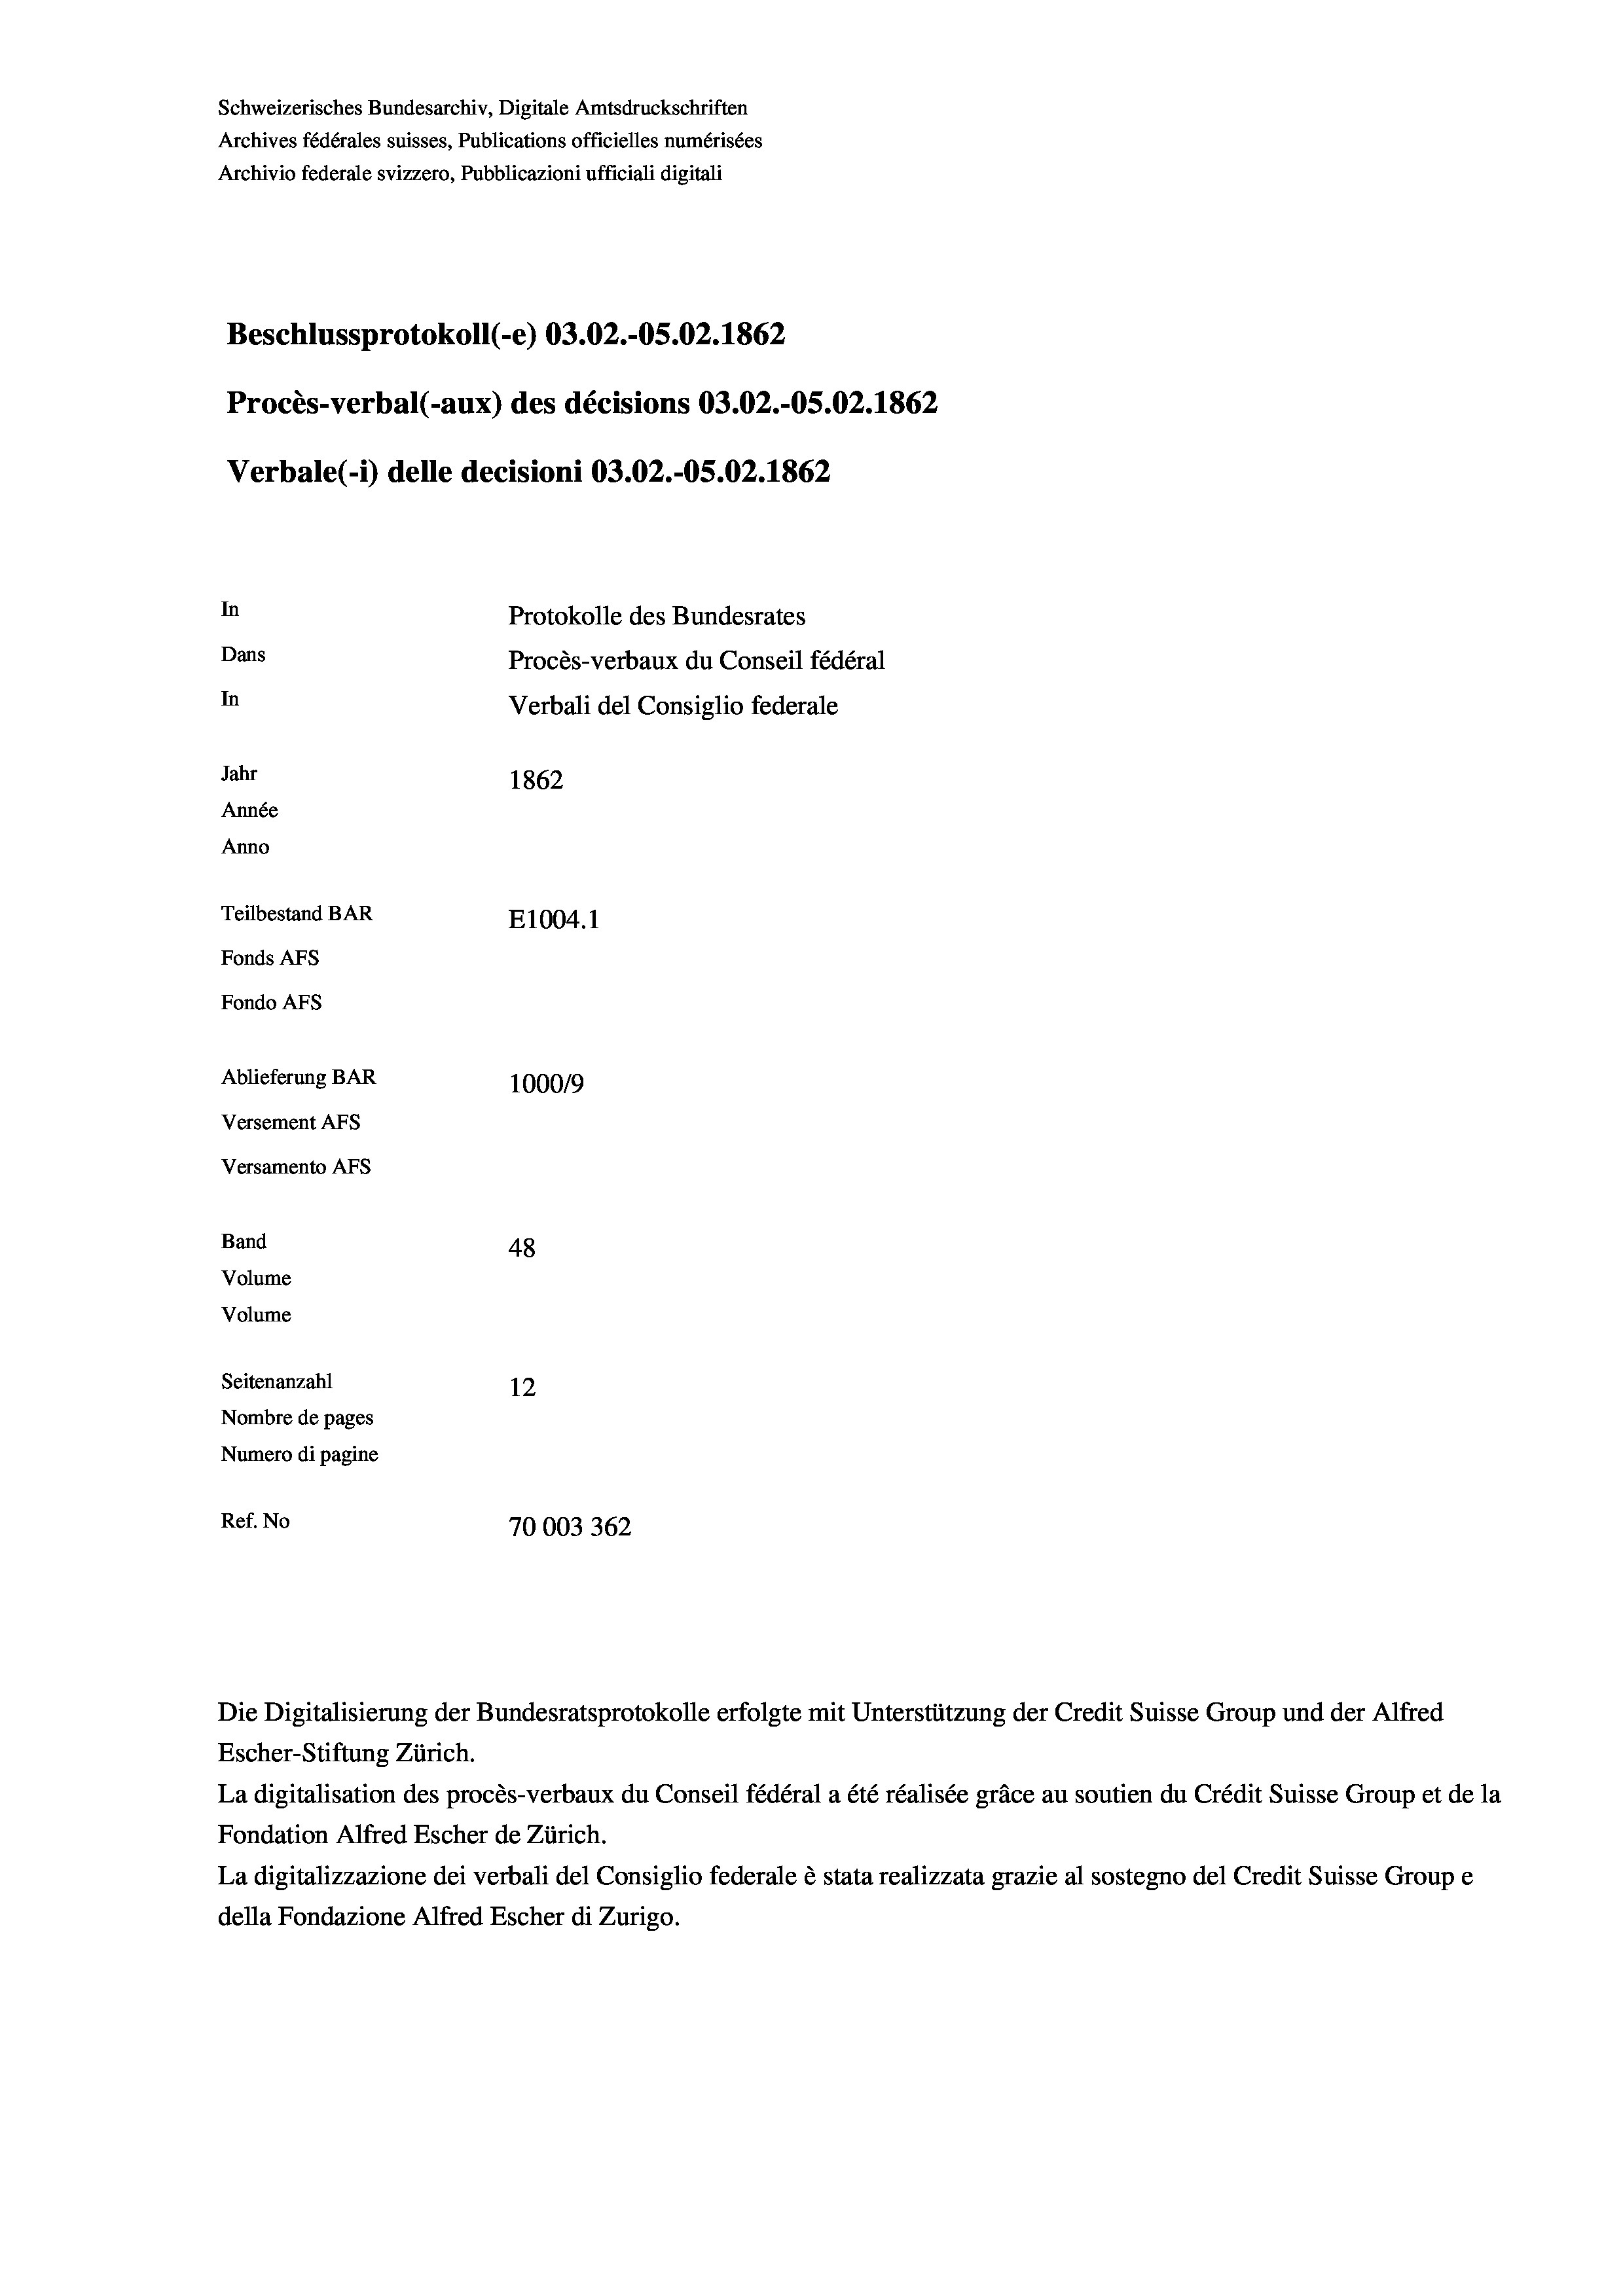
Schweizerisches Bundesarchiv, Digitale Amtsdruckschriften
Archives fédérales suisses, Publications officielles numérisées
Archivio federale svizzero, Pubblicazioni ufficiali digitali
Beschlussprotokoll (-e) 03.02.-OS.02. 1862
Procès-verbal (-aux) des décisions 03.02.-OS.02. 1862
Verbale(-*) delle decisioni 03.02.-OS.02. 1862
In
Protokolle des Bundesrates
Dans
Procès-verbaux du Conseil fédéral
In
Verbali del Consiglio federale
Jahr
1862
Année
Anno
Teilbestand BAR
E1004. 1
Fonds AFs
Fondo Afs
Ablieferung BAR
100019
Versement Ans
Versamento Afs
Band
48
Volume

Volume
Seitenanzahl
12
Nombre de pages
Numero di pagine
Ref. No
70003362

Escher-Stiftung Zürich.
La digitalisation des procès-verbaux du Conseil fédéral a été réalisée gräce au soutien du Crédit Suisse Group et de la
Fondation Alfred Escher de Zürich.
La digitalizzazione dei verbali del Consiglio federale è stata realizzata grazie al sostegno del Credit Suisse Groupe
della Fondazione Alfred Escher di Zurigo.

Die Digitalisierung der Bundesratsprotokolle erfolgte mit Unterstützung der Credit Suisse Group und der Alfred